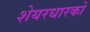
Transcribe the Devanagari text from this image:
शेयरधारको